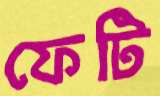
ফেটি